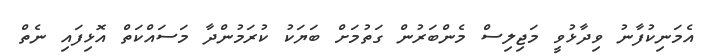
އެމަނިކުފާނު ވިދާޅުވީ މަޖިލިސް މެންބަރުން ގަތުމަށް ބަޔަކު ކުރަމުންދާ މަސައްކަތް އޮޅިފައި ނެތް